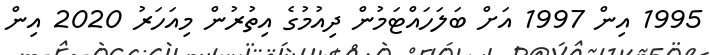
1995 އިން 1997 އަށް ބަލަހައްޓަމުން ދިއުމުގެ އިތުރުން މިއަހަރު 2020 އިން